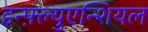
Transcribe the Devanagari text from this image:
इन्फ़्ल्युएन्शियल